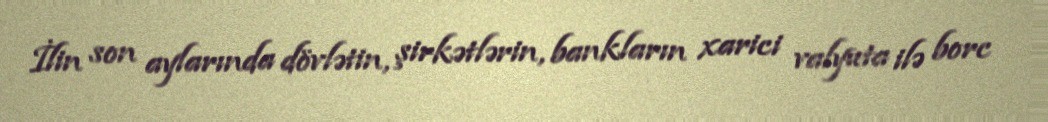
İlin son aylarında dövlətin, şirkətlərin, bankların xarici valyuta ilə borc